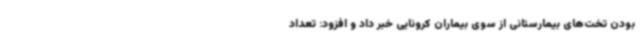
بودن تخت‌های بیمارستانی از سوی بیماران کرونایی خبر داد و افزود: تعداد